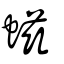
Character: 螆